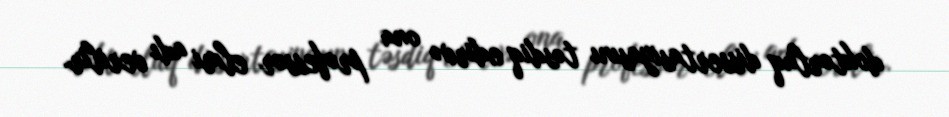
doktorluq dissertasiyasını təsdiq edirvə ona professor elmi adı verilir.